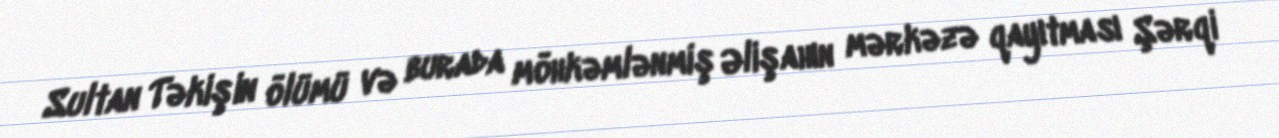
Sultan Təkişin ölümü və burada möhkəmlənmiş Əlişahın mərkəzə qayıtması Şərqi